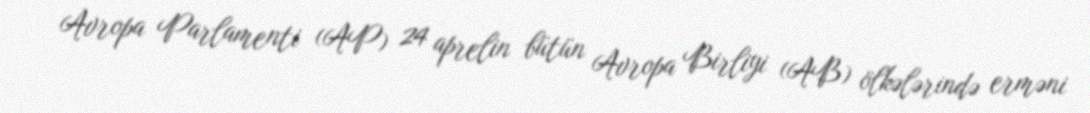
Avropa Parlamenti (AP) 24 aprelin bütün Avropa Birliyi (AB) ölkələrində erməni